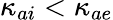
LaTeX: \kappa_{ai}<\kappa_{ae}